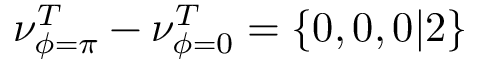
\nu _ { \phi = \pi } ^ { T } - \nu _ { \phi = 0 } ^ { T } = \{ 0 , 0 , 0 | 2 \}